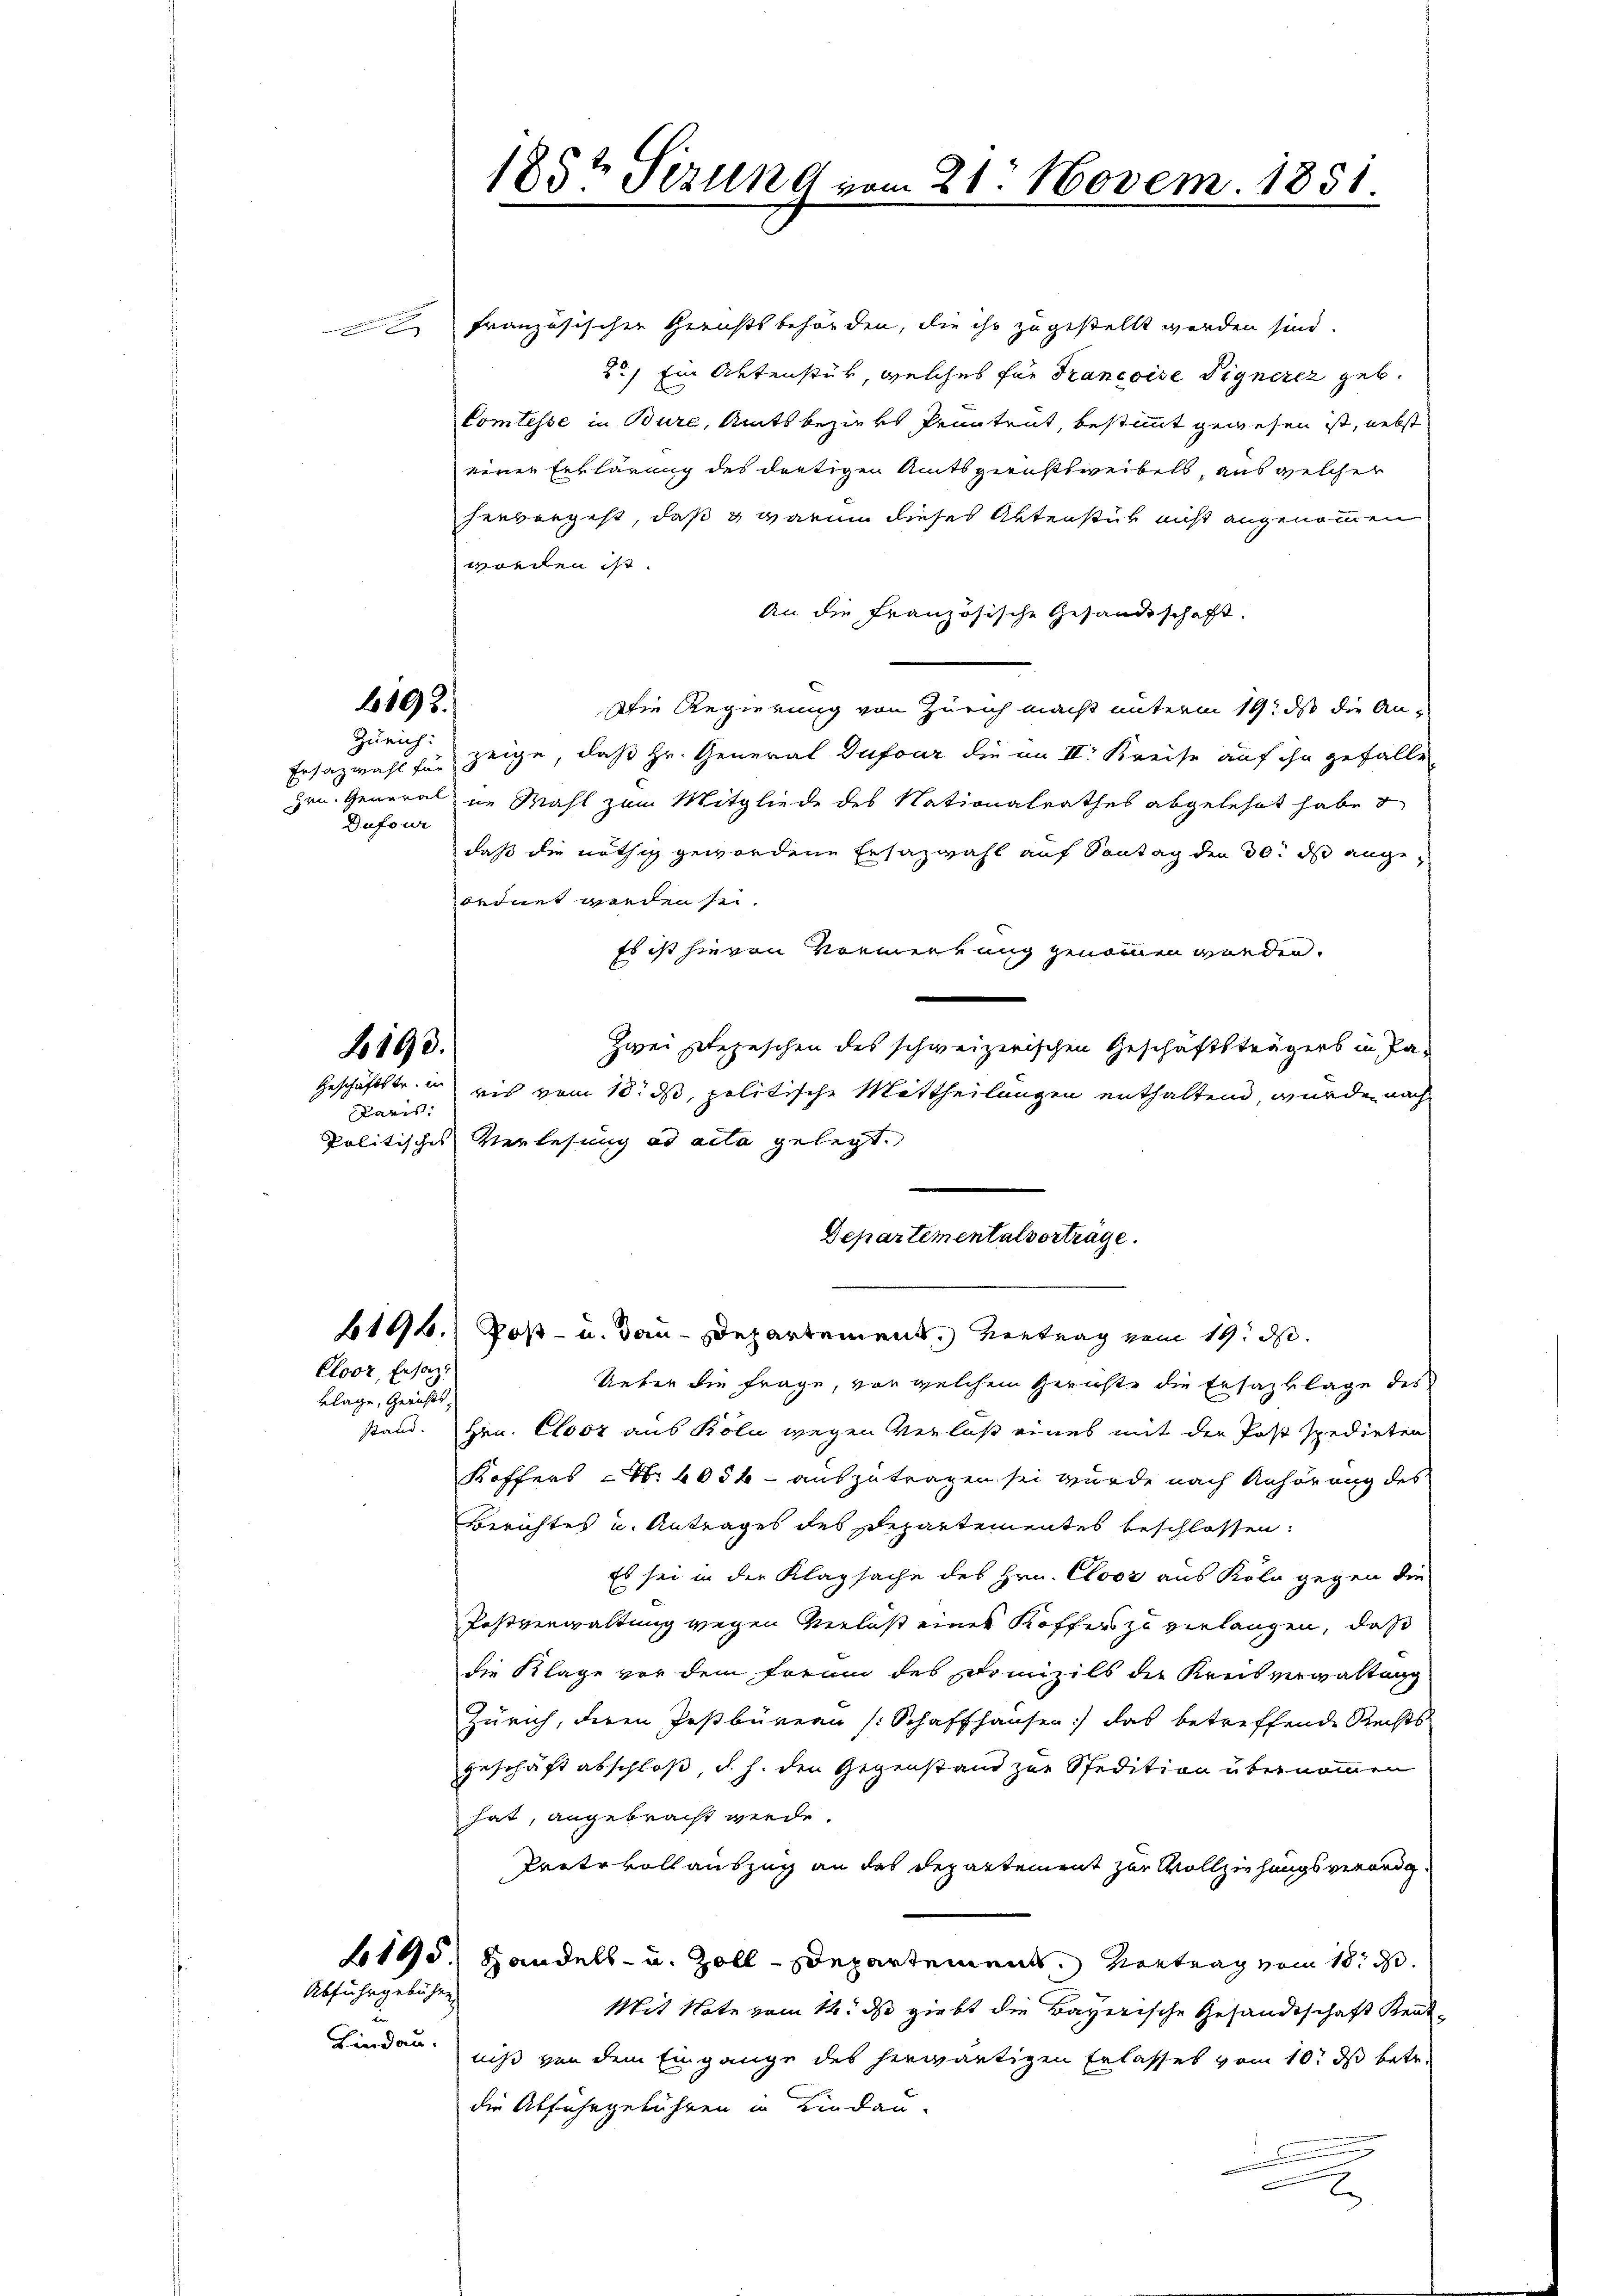
6192.
Zürich:

Dufour

193.

Paris.

Coor, Ersat

klage, Gerichts,
Stand.

Abfuhrgebühren

2
Lindau.

französischer Gerichtsbehörden, die ihr zugestellt werden sind.
2.) Ein Aktenstük, welches für Francoise Vignerer geb.
Comtesse in Bure, Amtsbezirks Pruntrut, bestimmt gewesen ist, nebst
einer Erklärung des dortigen Amtsgerichtsweibels, aus welcher
hervorgest, daß & warum dieses Aktenstük nicht angenommen
worden ist.
An die Französische Gesandtschaft.
Die Regierung von Zürich macht unterm 19. ds die An¬
Ersazwahl für zeige, daß Hr. General Dufour die im II. Kreise auf ihn gefällen
Hrn. General in Mahl zum Mitgliede des Nationalrathes abgelehnt habe
daß die nöthig gewordene Ersazwahl auf Sontag den 30. ds angeordnet werden sei.
Es ist hievon Vormerkung genommen worden.
Zwei Stepeschen des schweizerischen Geschäftsträgers in Pa¬
Geschäftstr. eis vom 18. ds, politische Mittheilungen enthalten, wurde nach
politisches Verlesung ad acta gelegt.
Departementalvorträge.
6196.) Post- u. dau-Departement. Vertrag vom 19. d.
Ueber die Frage, vor welchem Gerichte die Ersatzklage des
Hrn. Closz aus Kola wegen Verlaß eines mit der Post spedirten
Koffers N. 4054 - auszutragen sei wurde nach Anhörung des
Berichtes und Antrages des Departementes beschlossen:
Es sei in der Klagsache des Hrn. Closz aus Kolo gegen die
Festverwaltung wegen Verlaß eines Koffers zu verlangen, daß
die Klage vor dem Form des Prinzils der Kreisverwaltung
Zürich, deren Pesbüreau (Schaffhausen) das betreffende Rechts
geschäft abschloß, d. h. den Gegenstand zur Spedition übernommen
hat, angebracht werde.
Protokollauszug an das Departement zur Vollziehungsverordn
195. Handels- u. Zoll-Departement. Vortrag vom 18. d.
Mit Note vom 14. ds giebt die Bayerische Gesandtschaft Reutniß von dem Eingange des herwärtigen Erlasses vom 10t ds betr.
die Abfuhrgeführen in Lindau-
d

185t Sezung vom 21. Novem. 1851